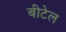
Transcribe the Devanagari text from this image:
बीटेल